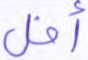
أفل